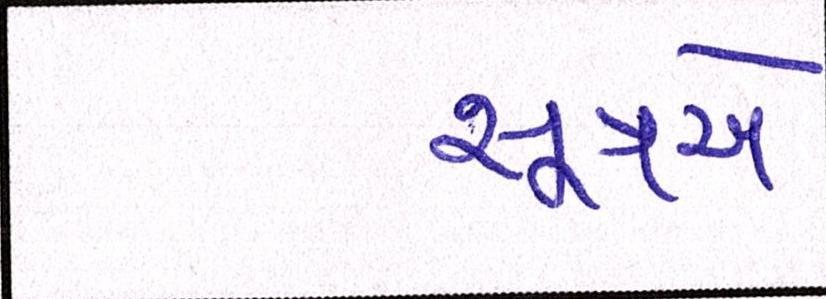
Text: સૂત્રએ